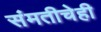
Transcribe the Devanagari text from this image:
संमतीचेही